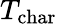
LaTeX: T_{\textrm{char}}